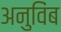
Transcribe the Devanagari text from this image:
अनुविंब